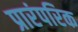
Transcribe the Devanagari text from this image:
प्रारंपरिक